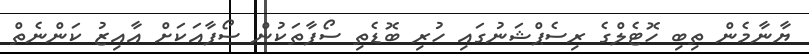
ޔާނާމެން ތިބި ހޮޓެލްގެ ރިސެޕްޝަނުގައި ހުރި ބޮޑެތި ސޯފާތަކުން ސޯފާއަކަށް އާއިޒު ކަންނެތް